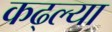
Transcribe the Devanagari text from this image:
कढ्ल्या